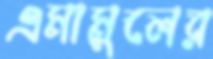
এমামুলের